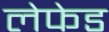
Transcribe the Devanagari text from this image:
लेफेड